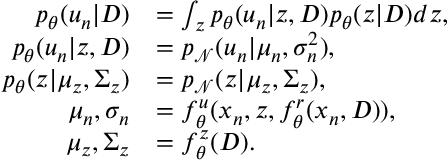
\begin{array} { r l } { p _ { \theta } ( u _ { n } | D ) } & { = \int _ { z } p _ { \theta } ( u _ { n } \vert z , D ) p _ { \theta } ( z \vert D ) d z , } \\ { p _ { \theta } ( u _ { n } \vert z , D ) } & { = p _ { \mathcal { N } } ( u _ { n } | \mu _ { n } , \sigma _ { n } ^ { 2 } ) , } \\ { p _ { \theta } ( z | \mu _ { z } , \Sigma _ { z } ) } & { = p _ { \mathcal { N } } ( z | \mu _ { z } , \Sigma _ { z } ) , } \\ { \mu _ { n } , \sigma _ { n } } & { = f _ { \theta } ^ { u } ( x _ { n } , z , f _ { \theta } ^ { r } ( x _ { n } , D ) ) , } \\ { \mu _ { z } , \Sigma _ { z } } & { = f _ { \theta } ^ { z } ( D ) . } \end{array}